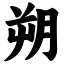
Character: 朔